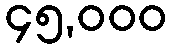
၄၅,၀၀၀